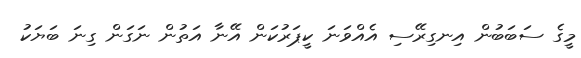
މީގެ ސަބަބުން އިނގިރޭސި އެއްވަނަ ކީޕަރުކަން އޭނާ އަތުން ނަގަން ގިނަ ބަޔަކު